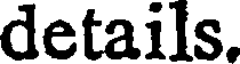
details.